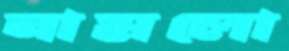
নামলো